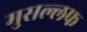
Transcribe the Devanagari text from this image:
मुसल्लफ